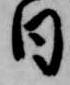
日